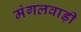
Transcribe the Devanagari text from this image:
मंगलवाड़ी